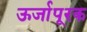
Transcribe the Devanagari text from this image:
ऊर्जापूरक